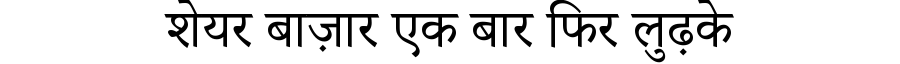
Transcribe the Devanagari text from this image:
शेयर बाज़ार एक बार फिर लुढ़के